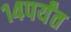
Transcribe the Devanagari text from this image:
१४पर्यंत